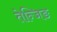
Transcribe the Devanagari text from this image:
तेन्जिङ